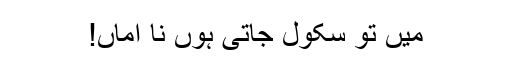
میں تو سکول جاتی ہوں نا اماں!